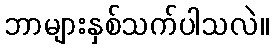
ဘာများနှစ်သက်ပါသလဲ။